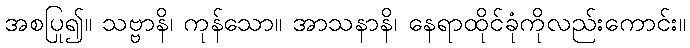
အစပြု၍။ သဗ္ဗာနိ၊ ကုန်သော။ အာသနာနိ၊ နေရာထိုင်ခုံကိုလည်းကောင်း။